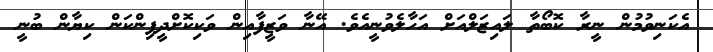
އެކަނިވުމުން ނީރާ ކޮބޯތާ ލައިޒަލްއަށް އަހާލެވުނީއެވެ. އޭނާ ވަޒީފާއިން ވަކިކޮށްދީފިންކަން ކިޔާން ބުނީ